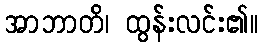
အာဘာတိ၊ ထွန်းလင်း၏။